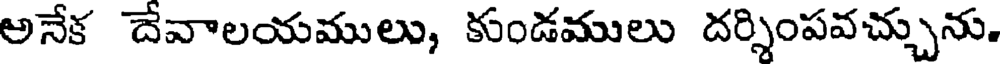
అనేక దేవాలయములు, కుండములు దర్శింపవచ్చును.